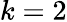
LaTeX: k=2